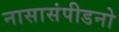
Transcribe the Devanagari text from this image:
नासासंपीडनो